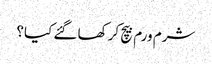
شرم ورم بیچ کر کھا گئے کیا؟